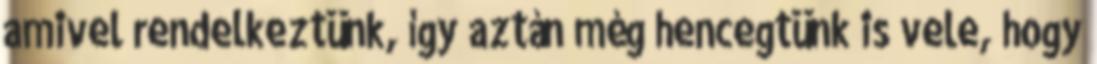
amivel rendelkeztünk, így aztán még hencegtünk is vele, hogy